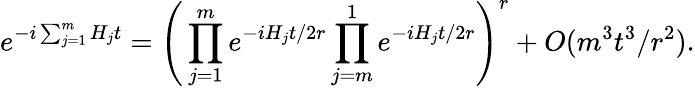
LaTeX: e^{-i\sum_{j=1}^{m}H_{j}t}=\Bigg(\prod_{j=1}^{m}e^{-iH_{j}t/2r}\prod_{j=m}^{1}e^{-iH_{j}t/2r}\Bigg)^{r}+O(m^{3}t^{3}/r^{2}).